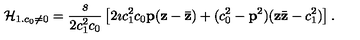
{ \cal H } _ { 1 . c _ { 0 } \neq 0 } = \frac { s } { 2 c _ { 1 } ^ { 2 } c _ { 0 } } \left[ 2 \imath c _ { 1 } ^ { 2 } c _ { 0 } { \bf p } ( { \bf z } - { \bf { \bar { z } } } ) + ( c _ { 0 } ^ { 2 } - { \bf p } ^ { 2 } ) ( { \bf z } { \bar { \bf z } } - c _ { 1 } ^ { 2 } ) \right] .